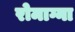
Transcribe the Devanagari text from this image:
रोमाग्ना